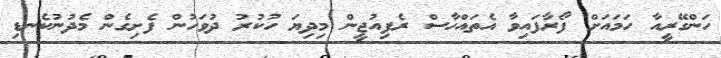
ހަންގޭރީއާ ހަމައަށް ފޯރާފައިވާ އެތައްހާސް ރެފިއުޖީން މިދިޔަ ހުކުރު ދުވަހުން ފެށިގެން މެދުނުކެނޑި